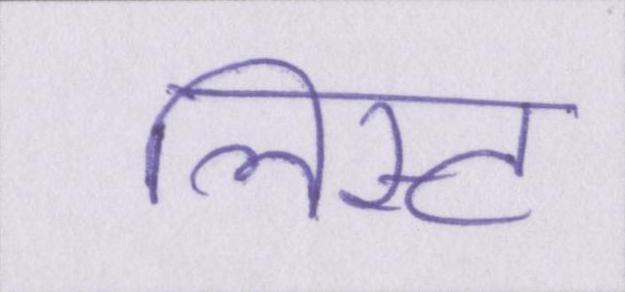
लिस्ट